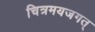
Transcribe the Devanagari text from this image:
चित्रमयजगत्‌